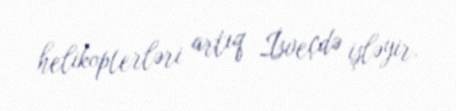
helikopterləri artıq İsveçdə işləyir.